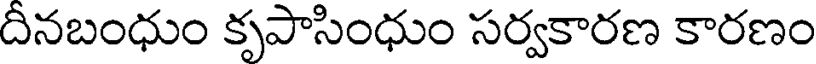
దీనబంధుం కృపాసింధుం సర్వకారణ కారణం